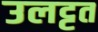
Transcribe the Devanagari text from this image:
उलट्टत